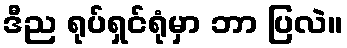
ဒီည ရုပ်ရှင်ရုံမှာ ဘာ ပြလဲ။